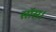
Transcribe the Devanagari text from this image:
सॉस।